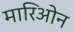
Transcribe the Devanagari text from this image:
मारिओन